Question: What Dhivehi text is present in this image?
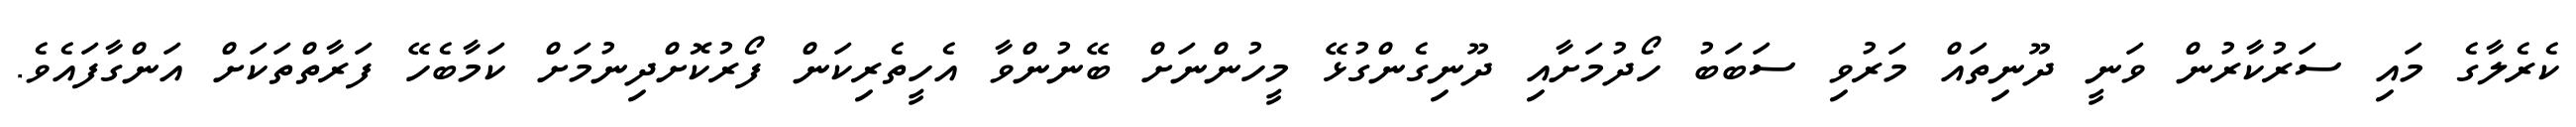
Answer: ކެރެލާގެ މައި ސަރުކާރުން ވަނީ ދޫނިތައް މަރުވި ސަބަބު ހޯދުމަށާއި ދޫނިގެންގުޅޭ މީހުންނަށް ބޭނުންވާ އެހީތެރިކަން ފޯރުކޮށްދިނުމަށް ކަމާބެހޭ ފަރާތްތަކަށް އަންގާފައެވެ.